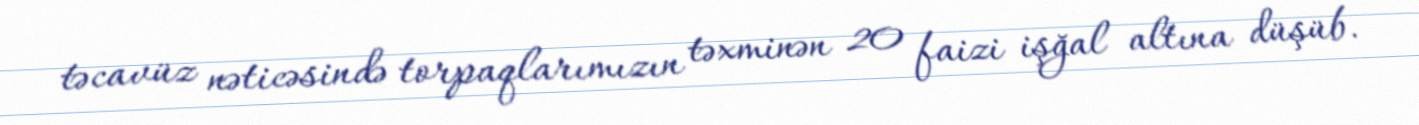
təcavüz nəticəsində torpaqlarımızın təxminən 20 faizi işğal altına düşüb.